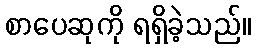
စာပေဆုကို ရရှိခဲ့သည်။